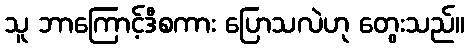
သူ ဘာကြောင့်ဒီစကား ပြောသလဲဟု တွေးသည်။